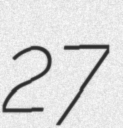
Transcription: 27